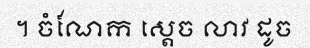
។ ចំណែក ស្តេច លាវ ដូច